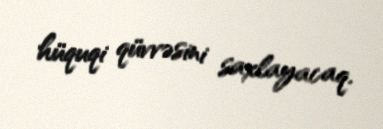
hüquqi qüvvəsini saxlayacaq.